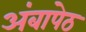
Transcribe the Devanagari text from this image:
अंबापेठ